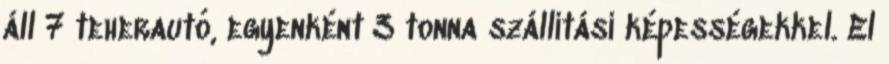
áll 7 teherautó, egyenként 3 tonna szállítási képességekkel. El